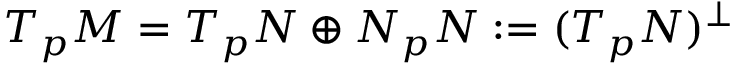
T _ { p } M = T _ { p } N \oplus N _ { p } N : = ( T _ { p } N ) ^ { \perp }